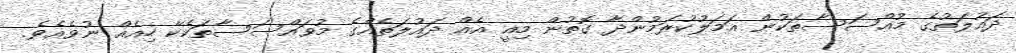
ދައުލަތުގެ މުއްސަސާތަކުން އަމަލުކުރަމުންދާ ގޮތުން މިއީ އެއް ދައުލަތެއްގެ މުވައްސަސާތަކެކޭ ހިއެއް ނުވެއެވެ.